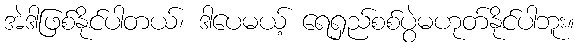
အဲဒါဖြစ်နိုင်ပါတယ်၊ ဒါပေမယ့် ရေရှည်စစ်ပွဲမဟုတ်နိုင်ပါဘူး။